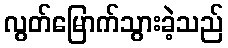
လွတ်မြောက်သွားခဲ့သည်